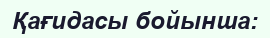
Қағидасы бойынша: